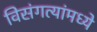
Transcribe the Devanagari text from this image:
विसंगत्यांमध्ये